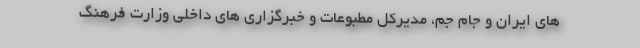
های ایران و جام جم، مدیرکل مطبوعات و خبرگزاری های داخلی وزارت فرهنگ